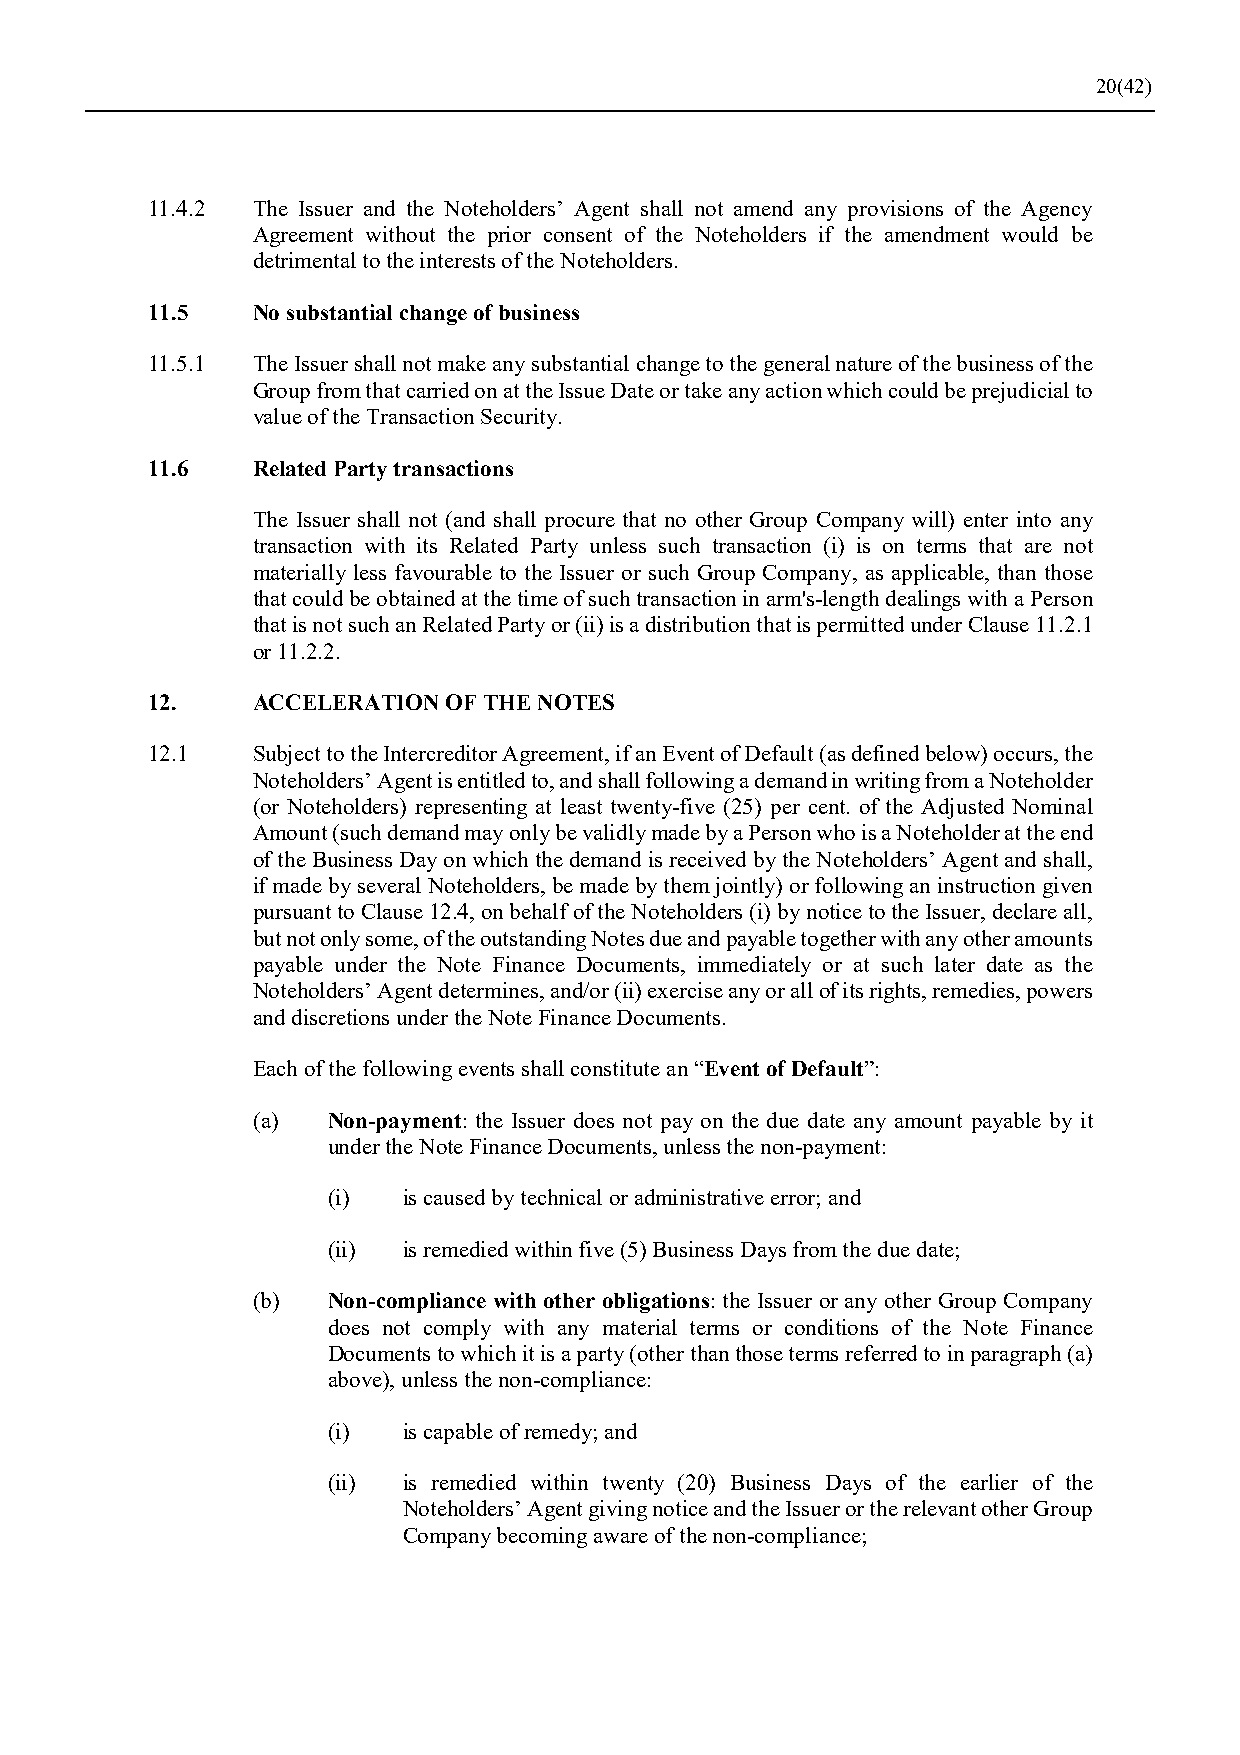
20(42)
 11.4.2 The Issuer and the Noteholders’ Agent shall not amend any provisions of the Agency
 Agreement without the prior consent of the Noteholders if the amendment would be
 detrimental to the interests of the Noteholders.
 11.5   No substantial change of business
 11.5.1 The Issuer shall not make any substantial change to the general nature of the business of the
 Group from that carried on at the Issue Date or take any action which could be prejudicial to
 value of the Transaction Security.
 11.6   Related Party transactions
 The Issuer shall not (and shall procure that no other Group Company will) enter into any
 transaction with its Related Party unless such transaction (i) is on terms that are not
 materially less favourable to the Issuer or such Group Company, as applicable, than those
 that could be obtained at the time of such transaction in arm's-length dealings with a Person
 that is not such an Related Party or (ii) is a distribution that is permitted under Clause 11.2.1
 or 11.2.2.
 12.    ACCELERATION OF THE NOTES
 12.1   Subject to the Intercreditor Agreement, if an Event of Default (as defined below) occurs, the
 Noteholders’ Agent is entitled to, and shall following a demand in writing from a Noteholder
 (or Noteholders) representing at least twenty-five (25) per cent. of the Adjusted Nominal
 Amount (such demand may only be validly made by a Person who is a Noteholder at the end
 of the Business Day on which the demand is received by the Noteholders’ Agent and shall,
 if made by several Noteholders, be made by them jointly) or following an instruction given
 pursuant to Clause 12.4, on behalf of the Noteholders (i) by notice to the Issuer, declare all,
 but not only some, of the outstanding Notes due and payable together with any other amounts
 payable under the Note Finance Documents, immediately or at such later date as the
 Noteholders’ Agent determines, and/or (ii) exercise any or all of its rights, remedies, powers
 and discretions under the Note Finance Documents.
 Each of the following events shall constitute an “Event of Default”:
 (a)  Non-payment: the Issuer does not pay on the due date any amount payable by it
 under the Note Finance Documents, unless the non-payment:
 (i)  is caused by technical or administrative error; and
 (ii) is remedied within five (5) Business Days from the due date;
 (b)  Non-compliance with other obligations: the Issuer or any other Group Company
 does not comply with any material terms or conditions of the Note Finance
 Documents to which it is a party (other than those terms referred to in paragraph (a)
 above), unless the non-compliance:
 (i)  is capable of remedy; and
 (ii) is remedied within twenty (20) Business Days of the earlier of the
 Noteholders’ Agent giving notice and the Issuer or the relevant other Group
 Company becoming aware of the non-compliance;